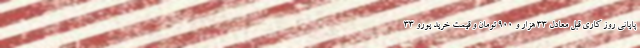
پایانی روز کاری قبل معادل 33 هزار و 900 تومان و قیمت خرید یورو 33